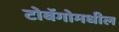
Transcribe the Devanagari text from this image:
टोबॅगोमधील